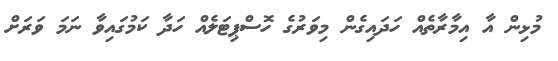
މުޅިން އާ އިމާރާތެއް ހަދައިގެން މިވަރުގެ ހޮސްޕިޓަލެއް ހަދާ ކަމުގައިވާ ނަމަ ވަރަށް